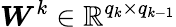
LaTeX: \boldsymbol W^{k}\in\mathbb R^{q_{k}\times q_{k-1}}